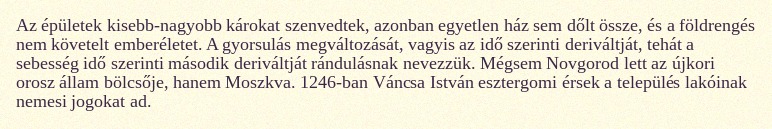
Az épületek kisebb-nagyobb károkat szenvedtek, azonban egyetlen ház sem dőlt össze, és a földrengés nem követelt emberéletet. A gyorsulás megváltozását, vagyis az idő szerinti deriváltját, tehát a sebesség idő szerinti második deriváltját rándulásnak nevezzük. Mégsem Novgorod lett az újkori orosz állam bölcsője, hanem Moszkva. 1246-ban Váncsa István esztergomi érsek a település lakóinak nemesi jogokat ad.